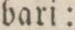
bari: